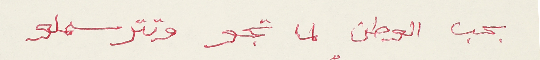
بحب الوطن لما تجو وتترسملو